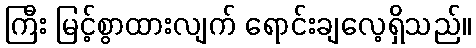
ကြီး မြင့်စွာထားလျက် ရောင်းချလေ့ရှိသည်။